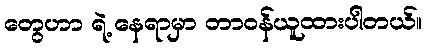
တွေဟာ ရဲ့ နေရာမှာ တာဝန်ယူထားပါတယ်။